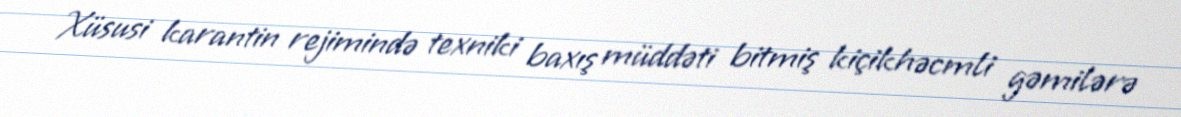
Xüsusi karantin rejimində texniki baxış müddəti bitmiş kiçikhəcmli gəmilərə